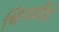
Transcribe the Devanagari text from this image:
चिपळीचे